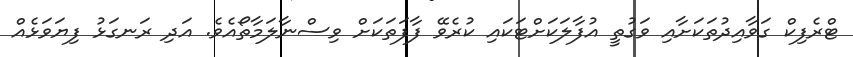
ޓްރެފިކް ގަވާއިދުތަކަށާއި ވަގުތީ އުފާލަކަށްޓަކައި ކުރެވޭ ފާފަތަކަށް ވިސްނާލަމާތޯއެވެ. އަދި ރަނގަޅު ފިޔަވަޅެއް